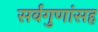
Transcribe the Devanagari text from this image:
सर्वगुणांसह